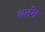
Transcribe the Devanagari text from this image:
बर्तम